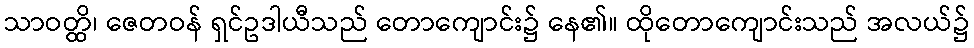
သာဝတ္ထိ၊ ဇေတဝန် ရှင်ဥဒါယီသည် တောကျောင်း၌ နေ၏။ ထိုတောကျောင်းသည် အလယ်၌